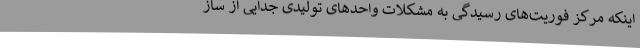
اینکه مرکز فوریت‌های رسیدگی به مشکلات واحدهای تولیدی جدایی از ساز